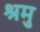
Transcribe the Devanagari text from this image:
श्रमु